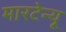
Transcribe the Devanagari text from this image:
मारटेन्यू